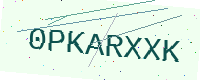
Text: 0PKARXXK